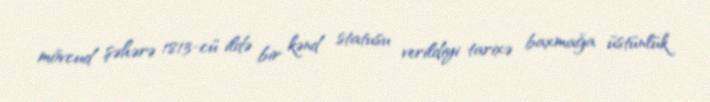
mövcud şəhərə 1813-cü ildə bir kənd statusu verildiyi tarixə baxmağa üstünlük